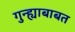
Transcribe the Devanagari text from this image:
गुन्ह्याबाबत